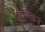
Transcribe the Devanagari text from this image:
डॉल्फ़िनें